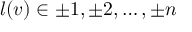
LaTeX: l ( v ) \in { \pm 1 , \pm 2 , \ldots , \pm n }